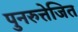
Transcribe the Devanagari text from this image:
पुनरुत्तेजित